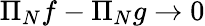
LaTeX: \Pi_{N}f-\Pi_{N}g\to 0